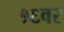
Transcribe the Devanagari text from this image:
१६वर